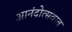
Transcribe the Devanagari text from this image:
आनंदोत्सवात